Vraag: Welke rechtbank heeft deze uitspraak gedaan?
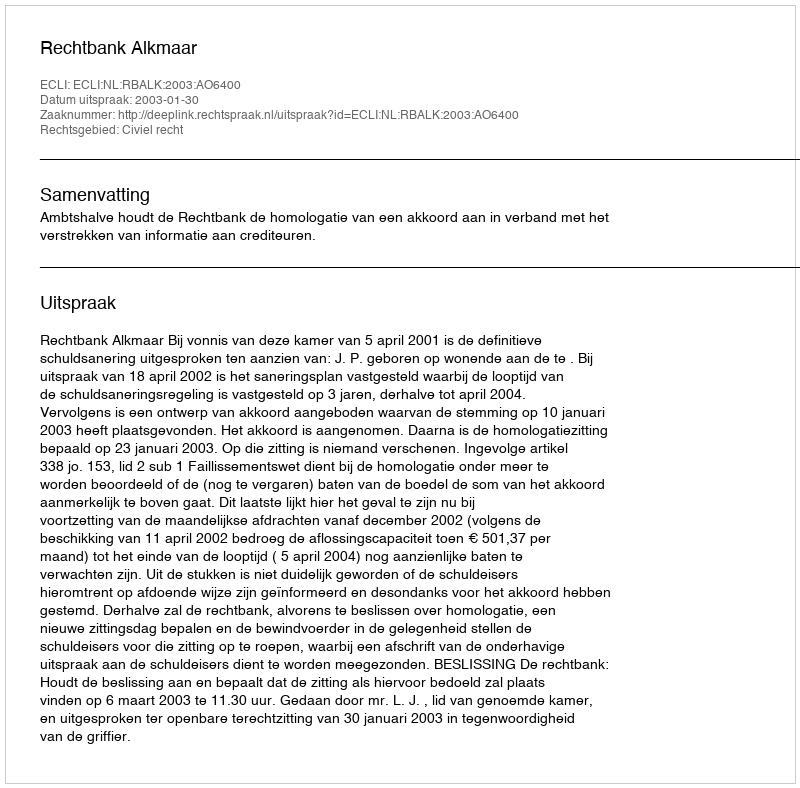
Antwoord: Rechtbank Alkmaar